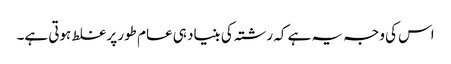
اس کی وجہ یہ ہے کہ رشتہ کی بنیاد ہی عام طور پر غلط ہوتی ہے۔